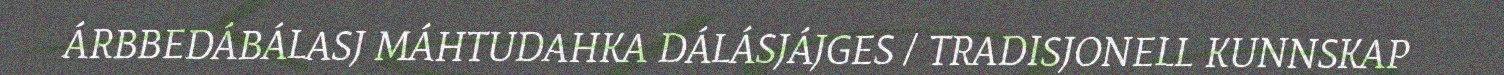
ÁRBBEDÁBÁLASJ MÁHTUDAHKA DÁLÁSJÁJGES / TRADISJONELL KUNNSKAP